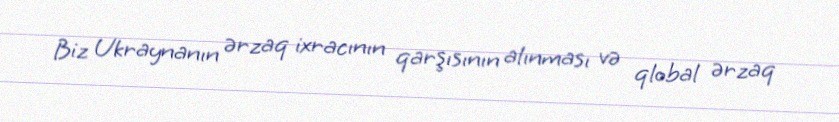
Biz Ukraynanın ərzaq ixracının qarşısının alınması və qlobal ərzaq